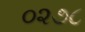
૦૨૭૮